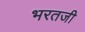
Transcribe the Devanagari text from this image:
भरतजी